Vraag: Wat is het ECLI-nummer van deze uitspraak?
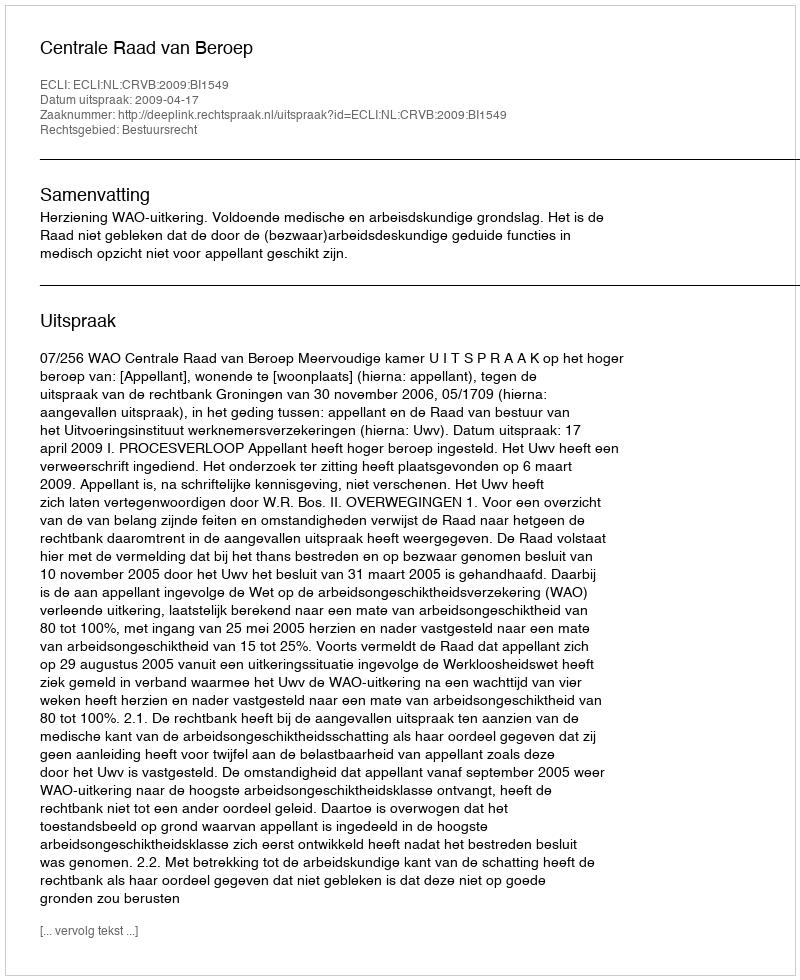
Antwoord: ECLI:NL:CRVB:2009:BI1549